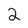
Character: 2